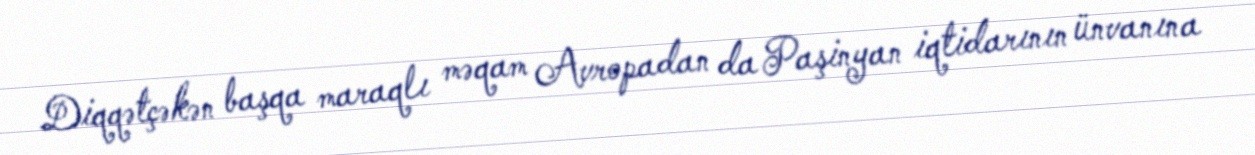
Diqqətçəkən başqa maraqlı məqam Avropadan da Paşinyan iqtidarının ünvanına